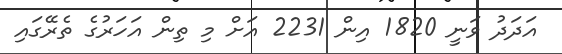
އަދަދު ވަނީ 1820 އިން 2231 އަށް މި ތިން އަހަރުގެ ތެރޭގައި